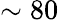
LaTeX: \sim 80